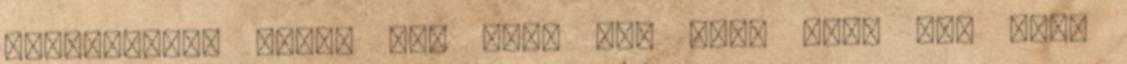
könyvekkel, semmi sem volt jó, mert vagy nem volt